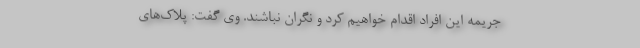
جریمه این افراد اقدام خواهیم کرد و نگران نباشند. وی گفت: پلاک‌های